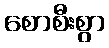
စောစီးစွာ